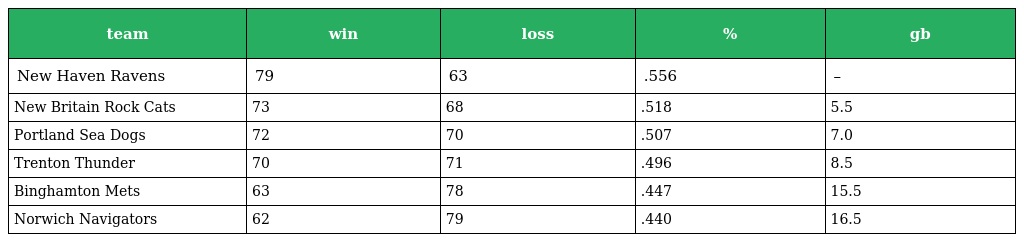
| team | win | loss | % | gb |
 | --- | --- | --- | --- | --- |
 | New Haven Ravens | 79 | 63 | .556 | – |
 | New Britain Rock Cats | 73 | 68 | .518 | 5.5 |
 | Portland Sea Dogs | 72 | 70 | .507 | 7.0 |
 | Trenton Thunder | 70 | 71 | .496 | 8.5 |
 | Binghamton Mets | 63 | 78 | .447 | 15.5 |
 | Norwich Navigators | 62 | 79 | .440 | 16.5 |